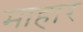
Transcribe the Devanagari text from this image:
माहार